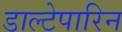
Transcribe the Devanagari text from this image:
डाल्टेपारिन